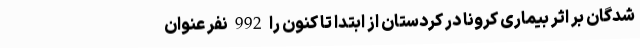
شدگان بر اثر بیماری کرونا در کردستان از ابتدا تا کنون را 992 نفر عنوان